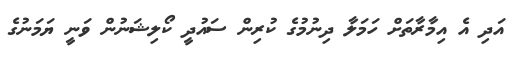
އަދި އެ އިމާރާތަށް ހަމަލާ ދިނުމުގެ ކުރިން ސައުދީ ކޯލިޝަނުން ވަނީ ޔަމަނުގެ